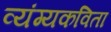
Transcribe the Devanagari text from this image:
व्यंग्यकविता